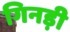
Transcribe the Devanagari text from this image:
गिनड़ी